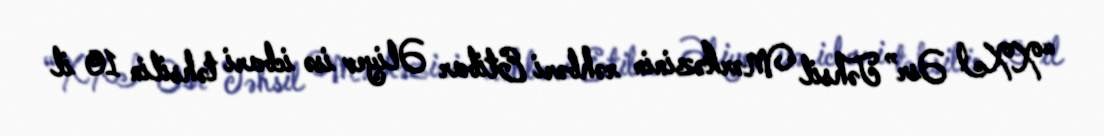
“XXI Əsr” Təhsil Mərkəzinin rəhbəri Etibar Əliyev isə icbari təhsilin 10 il